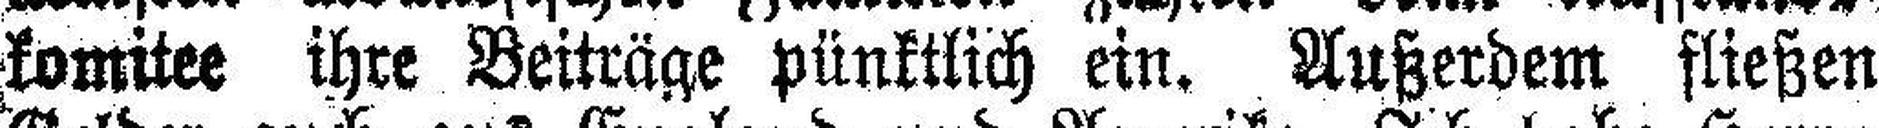
komitee ihre Beiträge pünktlich ein. Außerdem fließen